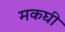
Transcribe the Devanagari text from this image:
मकघी